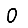
Digit: 0